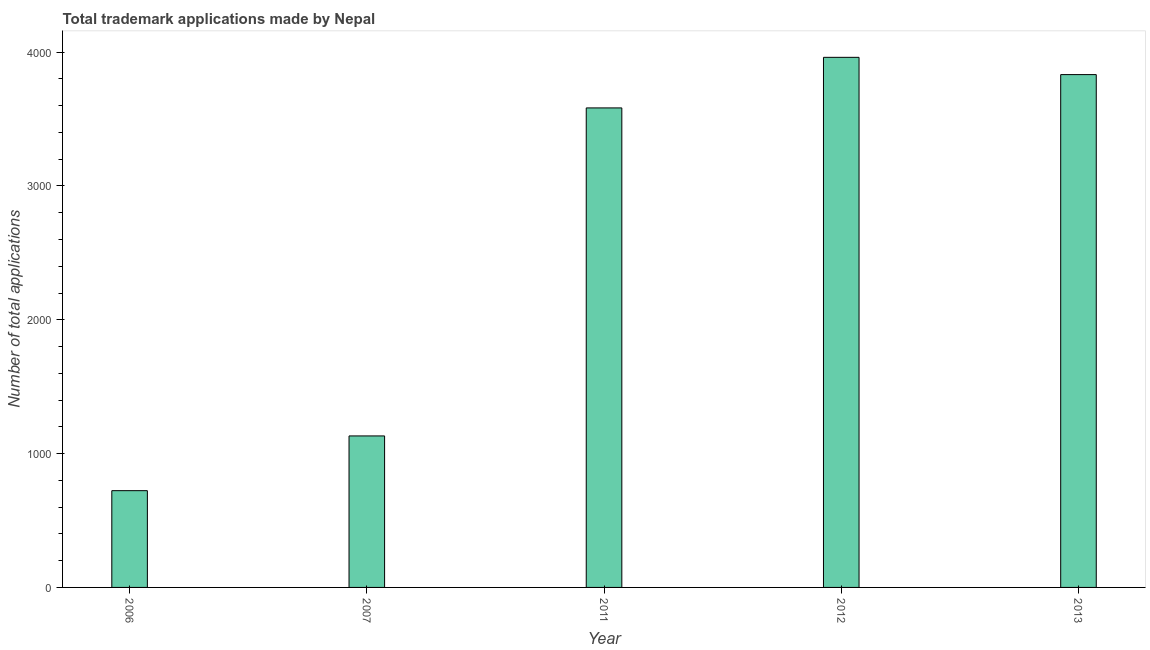
| Year | Trademark applications |
 | --- | --- |
 | 2006 | 723 |
 | 2007 | 1.13e+03 |
 | 2011 | 3.58e+03 |
 | 2012 | 3.96e+03 |
 | 2013 | 3.83e+03 |